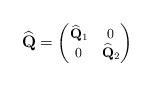
LaTeX: \begin{align*}\widehat{\mathbf{Q}}=\begin{footnotesize}\begin{pmatrix}\widehat{\mathbf{Q}}_1&0\\0&\widehat{\mathbf{Q}}_2\end{pmatrix}\end{footnotesize}\end{align*}